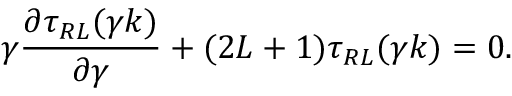
\gamma \frac { { \partial } \tau _ { R L } ( \gamma k ) } { { \partial } \gamma } + ( 2 L + 1 ) \tau _ { R L } ( \gamma k ) = 0 .